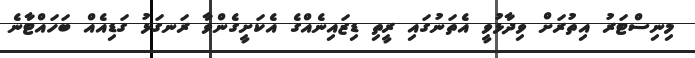
މިނިސްޓަރު އިތުރަށް ވިދާޅުވީ އެތަނުގައި ރީތި ޑިޒައިނެއްގެ އެކަށީގެންވާ ރަނގަޅު ގަޑިއެއް ބަހައްޓާނެ